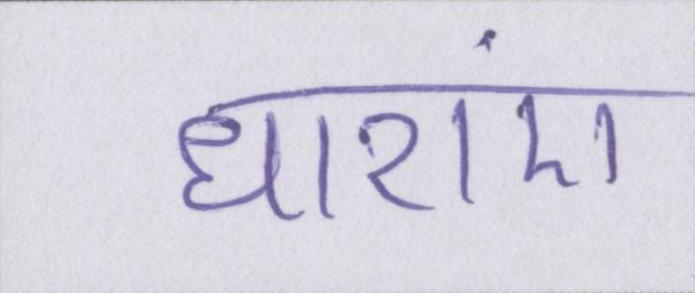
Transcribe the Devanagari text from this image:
धाराएं